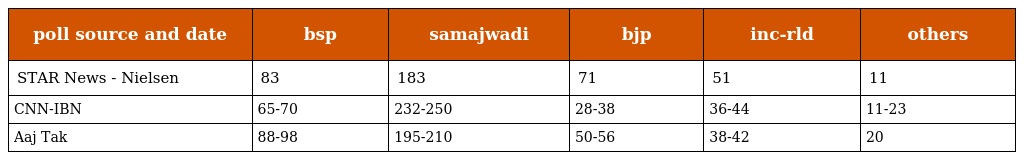
| poll source and date | bsp | samajwadi | bjp | inc-rld | others |
 | --- | --- | --- | --- | --- | --- |
 | STAR News - Nielsen | 83 | 183 | 71 | 51 | 11 |
 | CNN-IBN | 65-70 | 232-250 | 28-38 | 36-44 | 11-23 |
 | Aaj Tak | 88-98 | 195-210 | 50-56 | 38-42 | 20 |